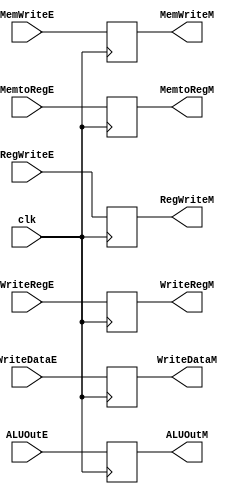
module CLK3(clk,RegWriteE,MemtoRegE,MemWriteE,ALUOutE,WriteDataE,WriteRegE,RegWriteM,MemtoRegM,MemWriteM,ALUOutM,WriteDataM,WriteRegM);

input clk,RegWriteE,MemtoRegE,MemWriteE;
input [4:0] WriteRegE;
input [31:0] ALUOutE,WriteDataE;

output reg RegWriteM,MemtoRegM,MemWriteM;
output reg [4:0] WriteRegM;
output reg [31:0] ALUOutM,WriteDataM;

always @ (posedge clk)
begin
	RegWriteM <= RegWriteE;
	MemtoRegM <= MemtoRegE;
	MemWriteM <= MemWriteE;
	WriteRegM <= WriteRegE;
	ALUOutM <= ALUOutE;
	WriteDataM <= WriteDataE;
end

endmodule